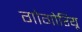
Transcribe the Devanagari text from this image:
गोगोरियू